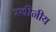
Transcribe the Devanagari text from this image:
स्थीनीय